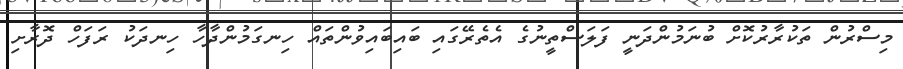
މިސްރުން ތަކުރާރުކޮށް ބުނަމުންދަނީ ފަލަސްތީނުގެ އެތެރޭގައި ބައިބައިވުންތައް ހިނގަމުންދާހާ ހިނދަކު ރަފަހް ދޮރާށި